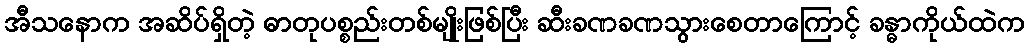
အီသနောက အဆိပ်ရှိတဲ့ ဓာတုပစ္စည်းတစ်မျိုးဖြစ်ပြီး ဆီးခဏခဏသွားစေတာကြောင့် ခန္ဓာကိုယ်ထဲက